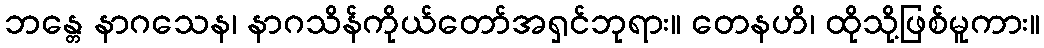
ဘန္တေ နာဂသေန၊ နာဂသိန်ကိုယ်တော်အရှင်ဘုရား။ တေနဟိ၊ ထိုသို့ဖြစ်မူကား။